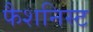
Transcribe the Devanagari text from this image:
फैशनिस्ट